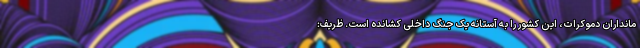
مانداران دموکرات، این کشور را به آستانه یک جنگ داخلی کشانده است. ظریف: